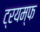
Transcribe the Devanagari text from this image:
ट्रयम्फ